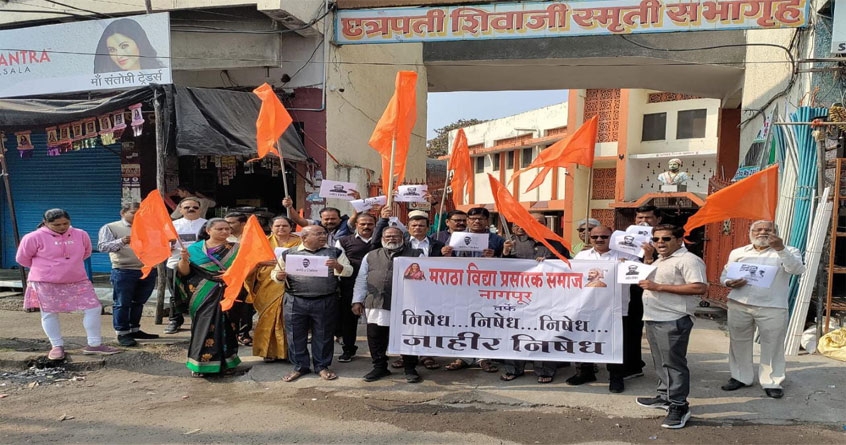
Language: marathi
Transcription: स्मृती सभागृह प्रसारक समाज निषेध. निषेध. निषेध. जाहीर संतोषी ट्रेडर्स शिवाजी मराठा निषेध विद्या छत्रपती